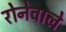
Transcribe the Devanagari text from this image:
रोनेवाले